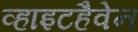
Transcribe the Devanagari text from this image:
व्हाइटहैवेन